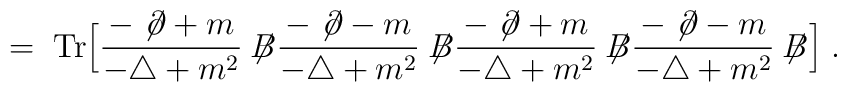
= \; \mbox{Tr} \Big[\frac{- \not{\!\partial}+m}{-\triangle + m^2} \not{\!\!B}\frac{- \not{\!\partial}-m}{-\triangle + m^2} \not{\!\!B}\frac{- \not{\!\partial}+m}{-\triangle + m^2} \not{\!\!B}\frac{- \not{\!\partial}-m}{-\triangle + m^2} \not{\!\!B}\Big]\; .